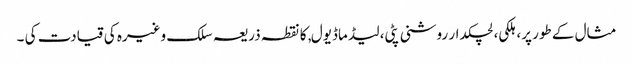
مثال کے طور پر، ہلکی، لچکدار روشنی پٹی، لیڈ ماڈیول, کا نقطہ ذریعہ سلک وغیرہ کی قیادت کی ۔